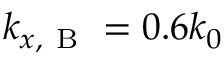
k _ { x , \mathrm { ~ B ~ } } = 0 . 6 k _ { 0 }